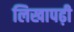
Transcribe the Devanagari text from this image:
लिखापढ़ी